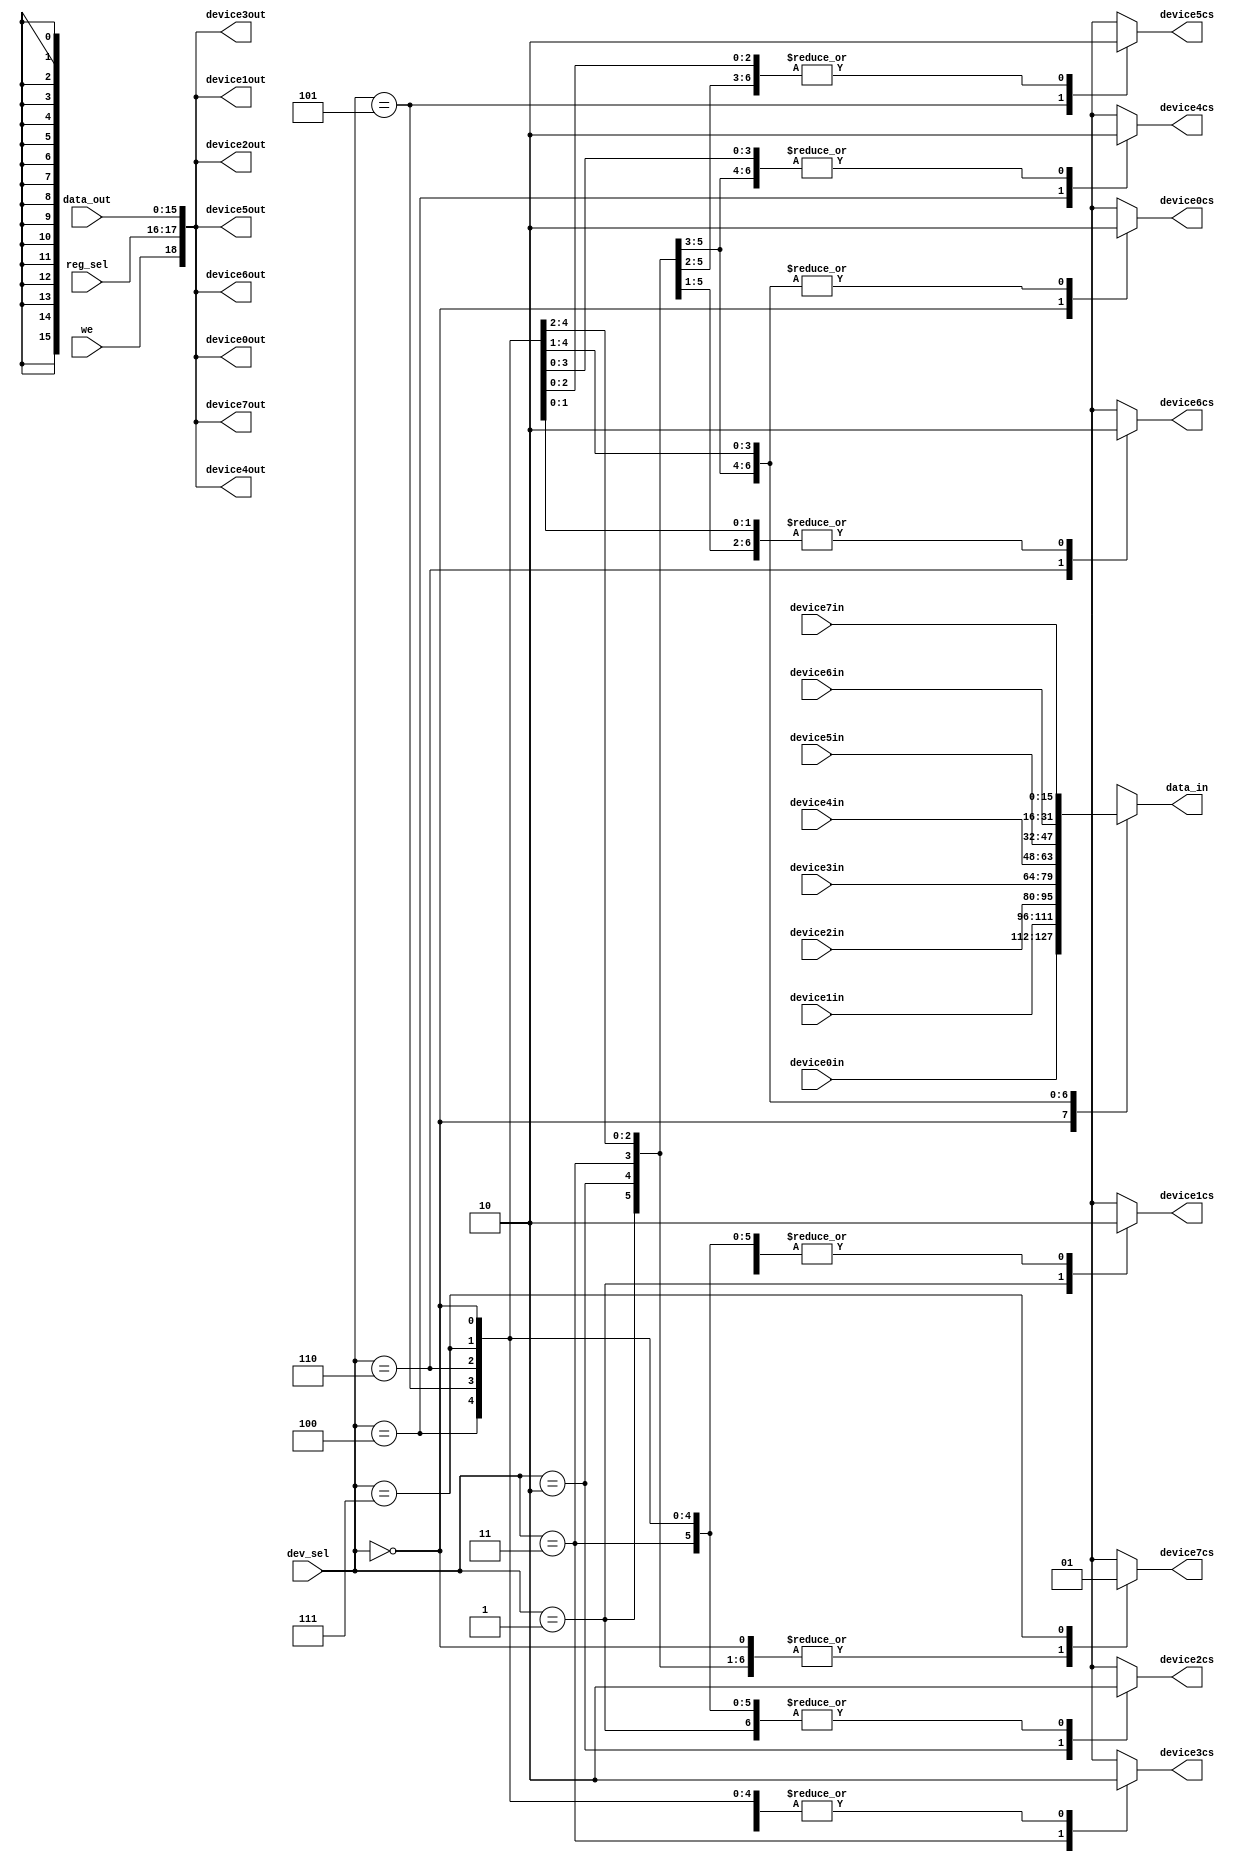
`timescale 1ns / 1ps

module LogicaIO(
    input [2:0] dev_sel,
    input [1:0] reg_sel,
    input we,
    input [15:0] data_out,
    output reg [15:0] data_in,
    
    input [15:0] device0in,    
    output [18:0] device0out,
    output reg device0cs,
    
    input [15:0] device1in,    
    output [18:0] device1out,
    output reg device1cs,
    
    input [15:0] device2in,    
    output [18:0] device2out,
    output reg device2cs,
    
    input [15:0] device3in,    
    output [18:0] device3out,
    output reg device3cs,
    
    input [15:0] device4in,    
    output [18:0] device4out,
    output reg device4cs,
    
    input [15:0] device5in,    
    output [18:0] device5out,
    output reg device5cs,
    
    input [15:0] device6in,    
    output [18:0] device6out,
    output reg device6cs,
    
    input [15:0] device7in,    
    output [18:0] device7out,
    output reg device7cs
    
    );        
    
    assign device0out = {we, reg_sel, data_out};
    assign device1out = {we, reg_sel, data_out};
    assign device2out = {we, reg_sel, data_out};
    assign device3out = {we, reg_sel, data_out};
    assign device4out = {we, reg_sel, data_out};
    assign device5out = {we, reg_sel, data_out};
    assign device6out = {we, reg_sel, data_out};
    assign device7out = {we, reg_sel, data_out};
    
    always@*
        begin
        device0cs = 1'b0;
        device1cs = 1'b0;
        device2cs = 1'b0;
        device3cs = 1'b0;
        device4cs = 1'b0;
        device5cs = 1'b0;
        device6cs = 1'b0;
        device7cs = 1'b0;
        data_in = 15'b0;
 
        case(dev_sel)
            0:
                begin
                device0cs = 1'b1;
                data_in = device0in;
                end
            1:
                begin
                device1cs = 1'b1;
                data_in = device1in;
                end
            2:
                begin
                device2cs = 1'b1;
                data_in = device2in;
                end
            3:
                begin
                device3cs = 1'b1;
                data_in = device3in;
                end
                
            4:
                begin
                device4cs = 1'b1;
                data_in = device4in;
                end
            
            5:
                begin
                device5cs = 1'b1;
                data_in = device5in;
                end
            
            6:
                begin
                device6cs = 1'b1;
                data_in = device6in;
                end
                
           7:
                begin
                device7cs = 1'b1;
                data_in = device7in;
                end     
           
            default: ;
        endcase
        end
endmodule